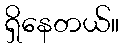
ရှိနေတယ်။